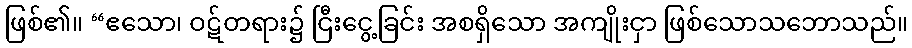
ဖြစ်၏။ “ဧသော၊ ဝဋ်တရား၌ ငြီးငွေ့ခြင်း အစရှိသော အကျိုးငှာ ဖြစ်သောသဘောသည်။